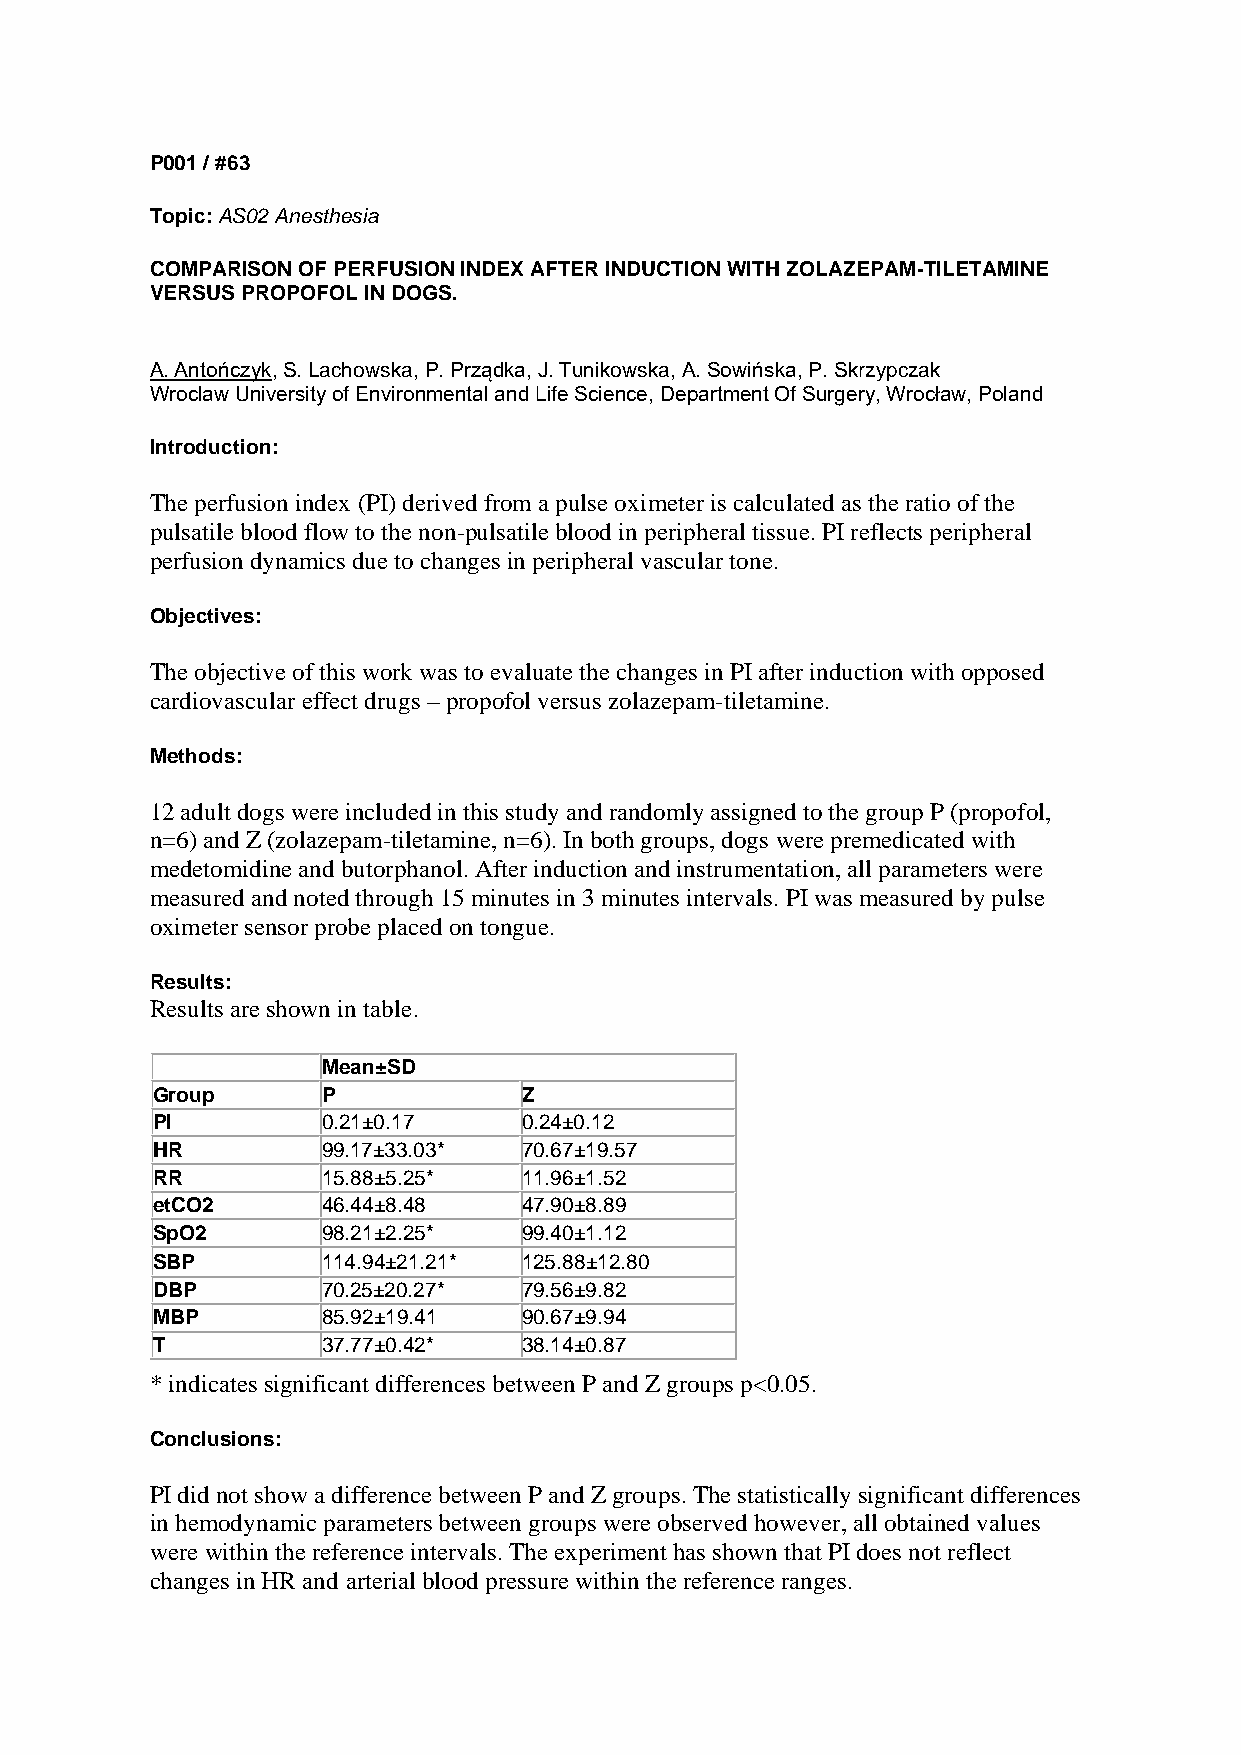
P001 / #63
 Topic: AS02 Anesthesia
 COMPARISON OF PERFUSION INDEX AFTER INDUCTION WITH ZOLAZEPAM-TILETAMINE
 VERSUS PROPOFOL IN DOGS.
 A. Antończyk, S. Lachowska, P. Prządka, J. Tunikowska, A. Sowińska, P. Skrzypczak
 Wroclaw University of Environmental and Life Science, Department Of Surgery, Wrocław, Poland
 Introduction:
 The perfusion index (PI) derived from a pulse oximeter is calculated as the ratio of the
 pulsatile blood flow to the non-pulsatile blood in peripheral tissue. PI reflects peripheral
 perfusion dynamics due to changes in peripheral vascular tone.
 Objectives:
 The objective of this work was to evaluate the changes in PI after induction with opposed
 cardiovascular effect drugs – propofol versus zolazepam-tiletamine.
 Methods:
 12 adult dogs were included in this study and randomly assigned to the group P (propofol,
 n=6) and Z (zolazepam-tiletamine, n=6). In both groups, dogs were premedicated with
 medetomidine and butorphanol. After induction and instrumentation, all parameters were
 measured and noted through 15 minutes in 3 minutes intervals. PI was measured by pulse
 oximeter sensor probe placed on tongue.
 Results:
 Results are shown in table.
 Mean±SD
 Group      P             Z
 PI         0.21±0.17     0.24±0.12
 HR         99.17±33.03*  70.67±19.57
 RR         15.88±5.25*   11.96±1.52
 etCO2      46.44±8.48    47.90±8.89
 SpO2       98.21±2.25*   99.40±1.12
 SBP        114.94±21.21* 125.88±12.80
 DBP        70.25±20.27*  79.56±9.82
 MBP        85.92±19.41   90.67±9.94
 T          37.77±0.42*   38.14±0.87
 * indicates significant differences between P and Z groups p<0.05.
 Conclusions:
 PI did not show a difference between P and Z groups. The statistically significant differences
 in hemodynamic parameters between groups were observed however, all obtained values
 were within the reference intervals. The experiment has shown that PI does not reflect
 changes in HR and arterial blood pressure within the reference ranges.